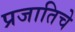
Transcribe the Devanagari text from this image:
प्रजातिचे